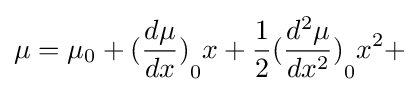
\mu ={{\mu }_{0}}+{{({\frac {d\mu }{dx}})}_{0}}x+{\frac {1}{2}}{{({\frac {{{d}^{2}}\mu }{d{{x}^{2}}}})}_{0}}{{x}^{2}}+